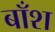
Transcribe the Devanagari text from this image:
बाँश